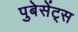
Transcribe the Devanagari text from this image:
पुबेसेंट्स